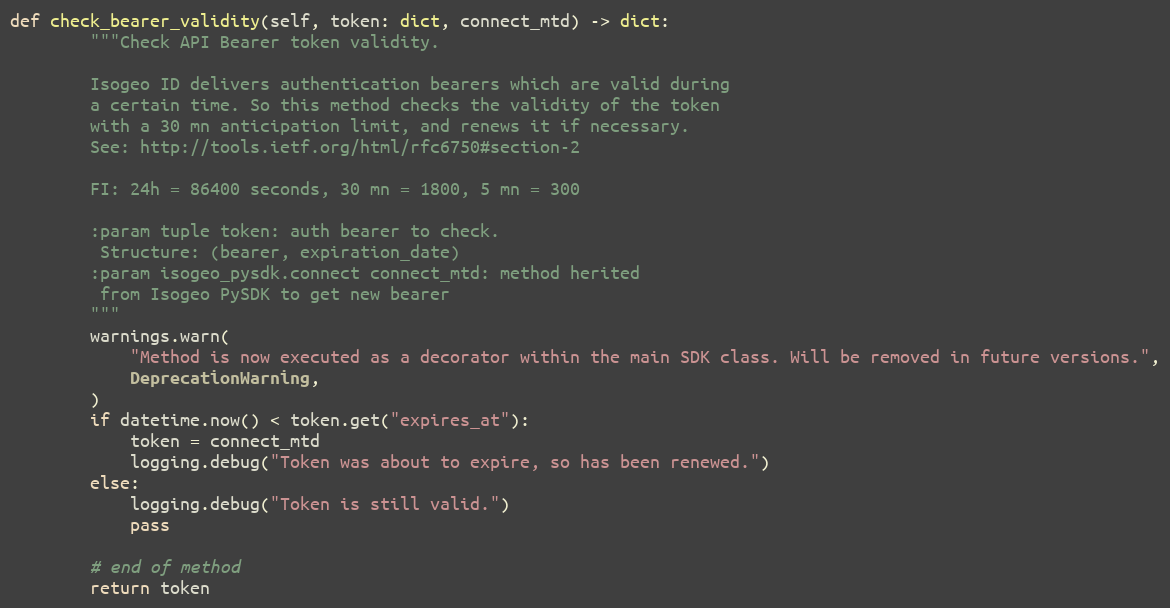
Language: Python
def check_bearer_validity(self, token: dict, connect_mtd) -> dict:
        """Check API Bearer token validity.

        Isogeo ID delivers authentication bearers which are valid during
        a certain time. So this method checks the validity of the token
        with a 30 mn anticipation limit, and renews it if necessary.
        See: http://tools.ietf.org/html/rfc6750#section-2

        FI: 24h = 86400 seconds, 30 mn = 1800, 5 mn = 300

        :param tuple token: auth bearer to check.
         Structure: (bearer, expiration_date)
        :param isogeo_pysdk.connect connect_mtd: method herited
         from Isogeo PySDK to get new bearer
        """
        warnings.warn(
            "Method is now executed as a decorator within the main SDK class. Will be removed in future versions.",
            DeprecationWarning,
        )
        if datetime.now() < token.get("expires_at"):
            token = connect_mtd
            logging.debug("Token was about to expire, so has been renewed.")
        else:
            logging.debug("Token is still valid.")
            pass

        # end of method
        return token